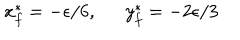
x _ { f } ^ { * } = - \epsilon / 6 , ~ ~ \ y _ { f } ^ { * } = - 2 \epsilon / 3